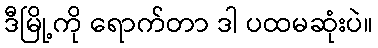
ဒီမြို့ကို ရောက်တာ ဒါ ပထမဆုံးပဲ။